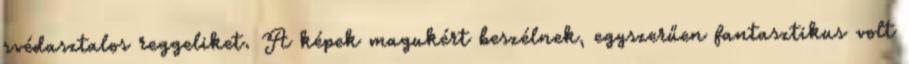
svédasztalos reggeliket. A képek magukért beszélnek, egyszerűen fantasztikus volt